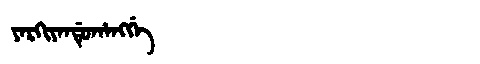
Manchu: ᠶᠠᡵᡴᡳᠶᠠᠨᡩᡠᡥᠠᠩᡤᡝ
Romanization: YARKIYANDUHANGGE